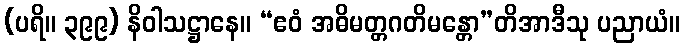
(ပရိ။ ၃၉၉) နိဝါသဋ္ဌာနေ။ “ဧဝံ အဓိမတ္တဂတိမန္တော”တိအာဒီသု ပညာယံ။